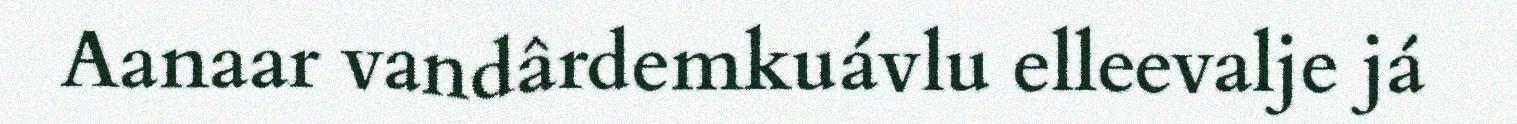
Aanaar vandârdemkuávlu elleevalje já